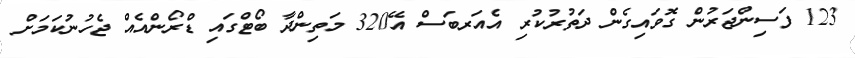
123 ފަސިންޖަރުން ގޮވައިގެން ދަތުރުކުރި އެއަރބަސް އޭ320 މަތިންދާ ބޯޓްގައި ޑްރޯންއެއް ޖެހުނުކަމަށް